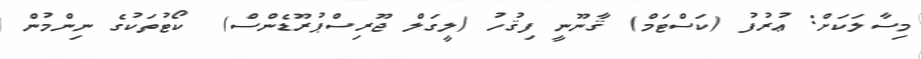
މިސާލަކަށް: ޢުރުފު (ކަސްޓަމް) ޤާނޫނީ ފިޤުހު (ލީގަލް ޖޫރިސްޕުރޫޑެންސް)  ކޯޓުތަކުގެ ނިންމުން